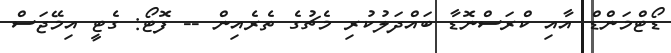
ޑޯޓްމަންޑް އާއި ކްރަސްނޮޑާ ބައްދަލުކުރި މެޗުގެ ތެރެއިން -- ފޮޓޯ: ގެޓީ އިމޭޖަސް